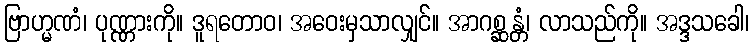
ဗြာဟ္မဏံ၊ ပုဏ္ဏားကို။ ဒူရတောဝ၊ အဝေးမှသာလျှင်။ အာဂစ္ဆန္တံ၊ လာသည်ကို။ အဒ္ဒသခေါ၊